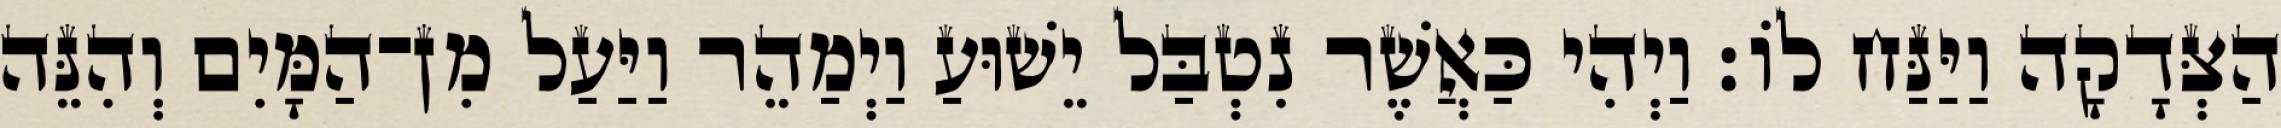
הַצְּדָקָה וַיַּנַּח לוֹ׃ וַיְהִי כַּאֲשֶׁר נִטְבַּל יֵשׁוּעַ וַיְמַהֵר וַיַּעַל מִן־הַמָּיִם וְהִנֵּה